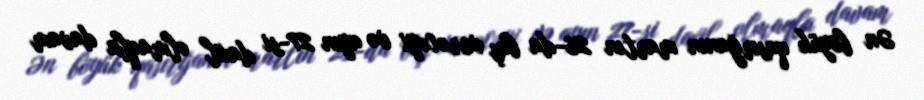
Ən böyük qasırğanın martın 26-da baş verəcəyi və ayın 27-si daxil olmaqla davam